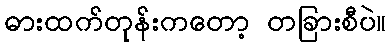
ဓားထက်တုန်းကတော့ တခြားစီပဲ။